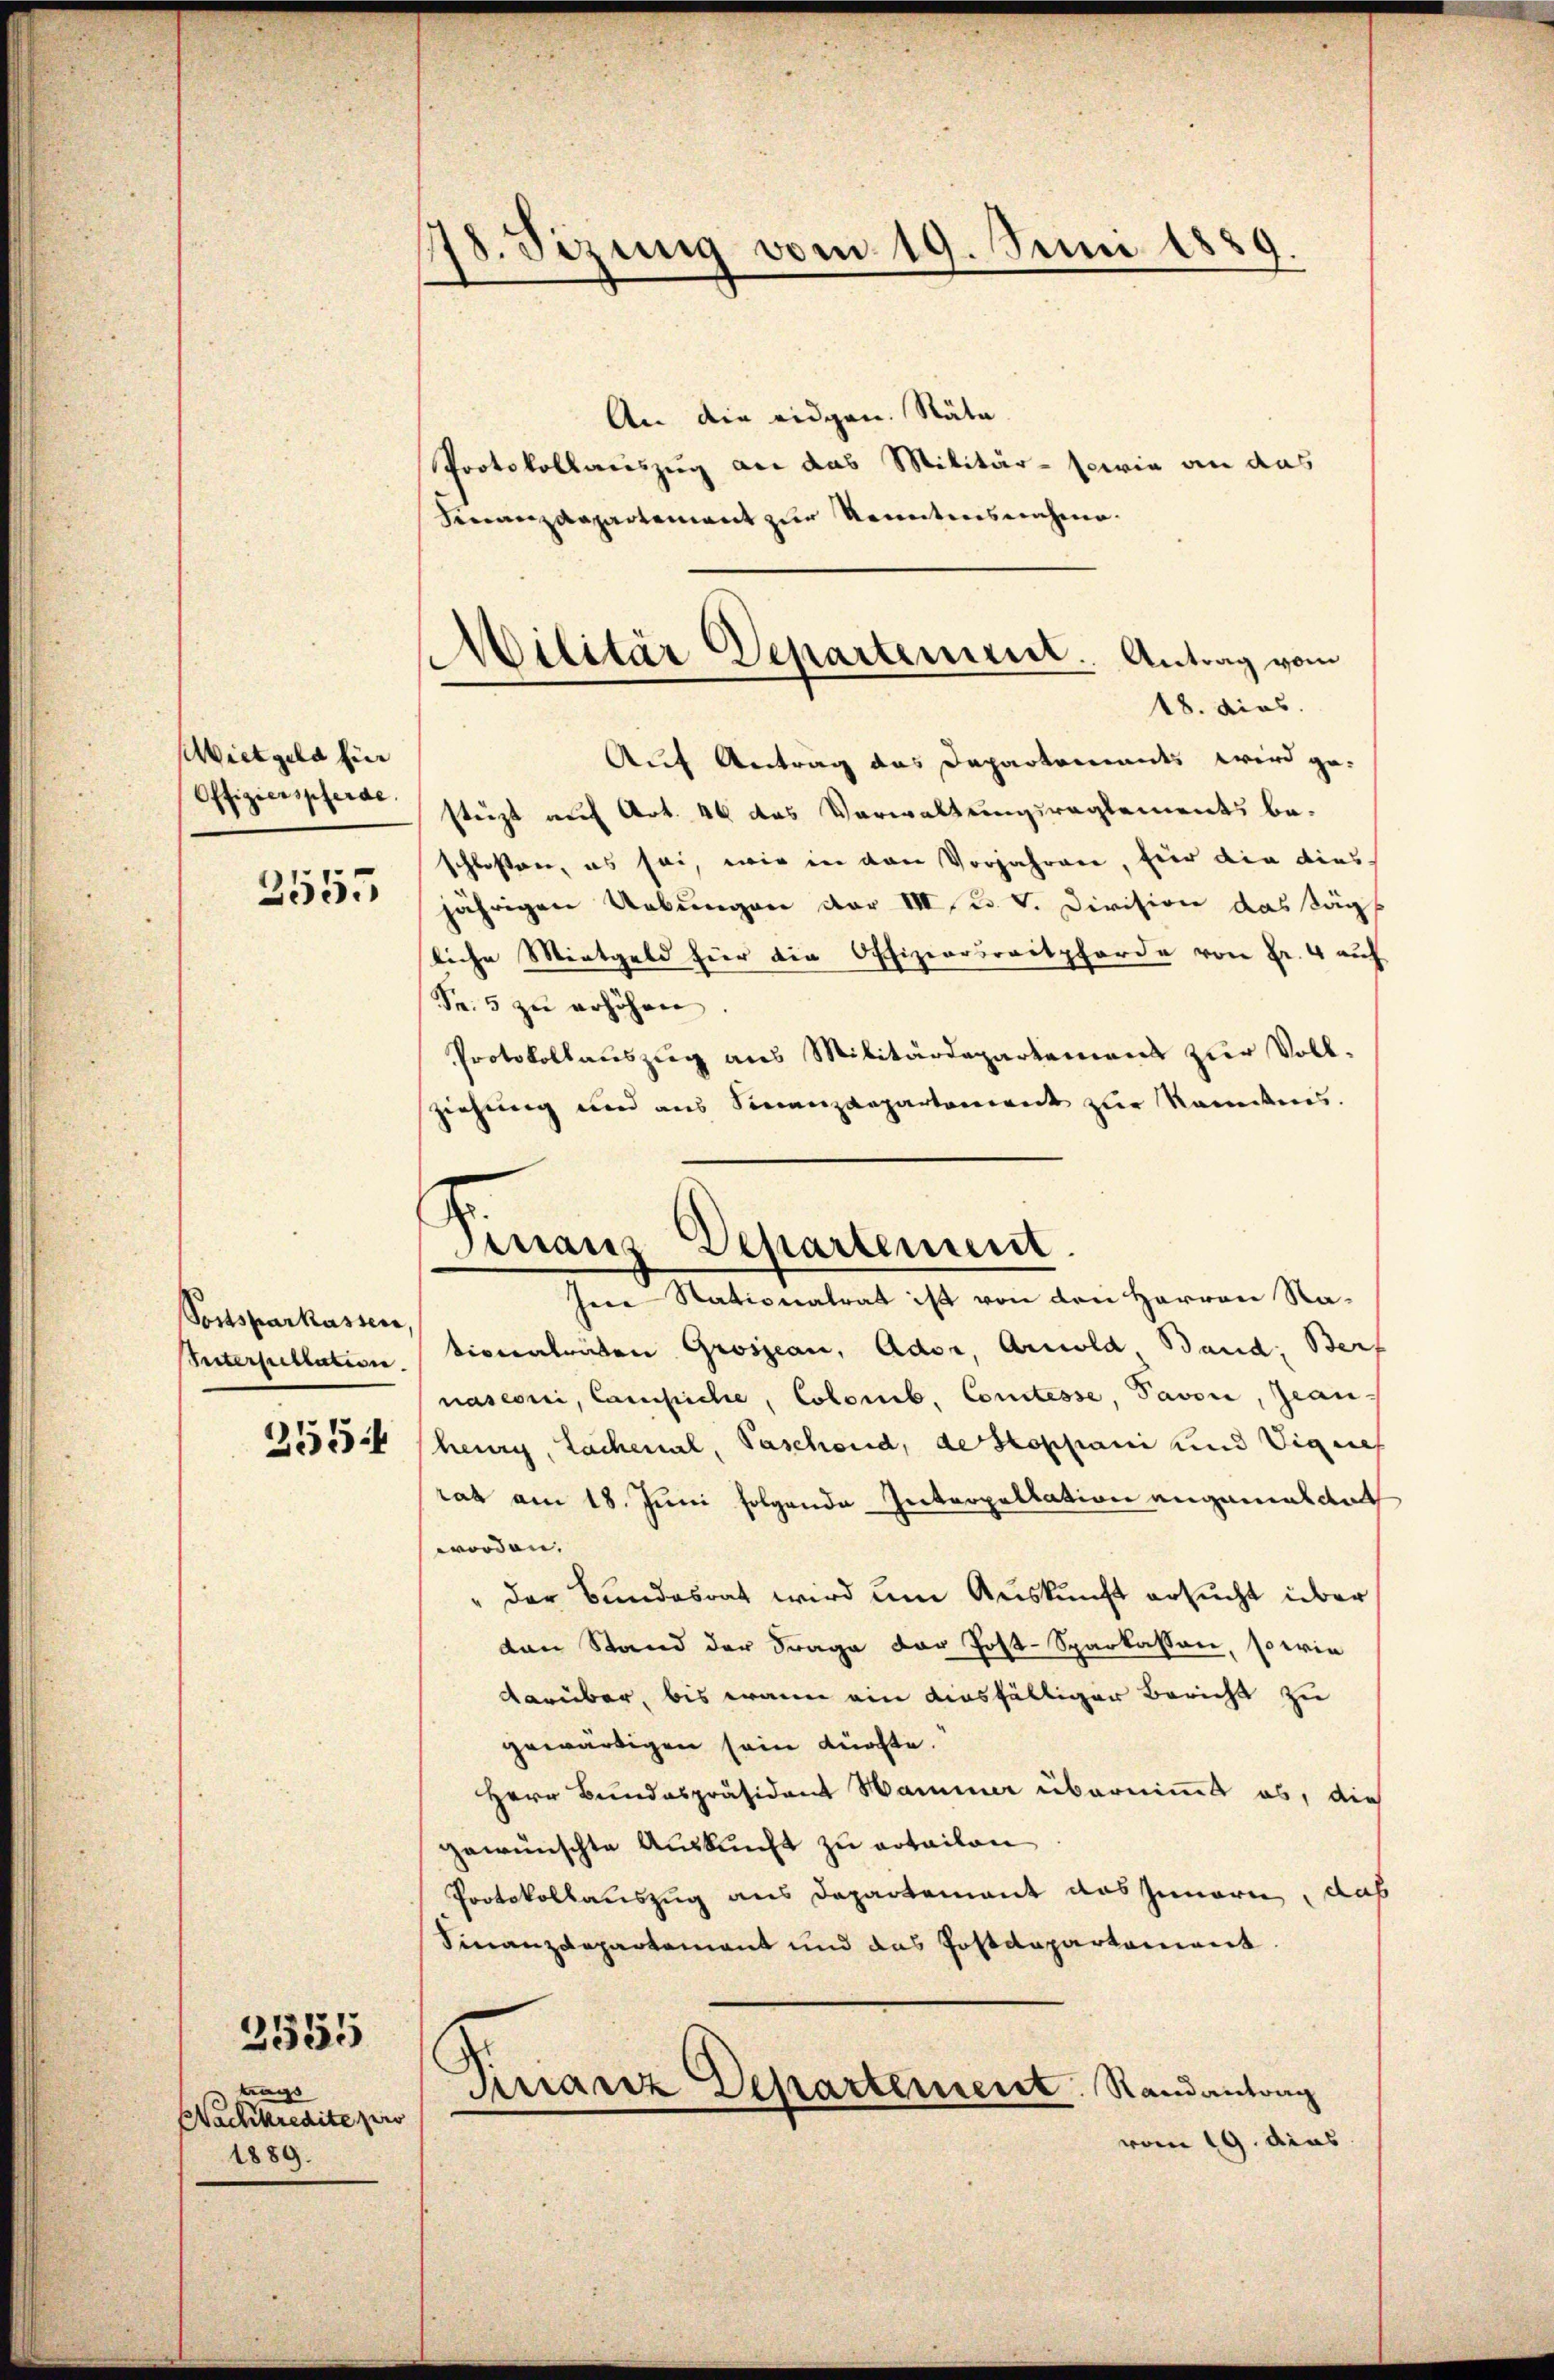
ietgela fin
Offizierspferde.

3555

Postsparkassen,
Untersuellation.
255

trags
Nachkredite pro
1889.

2355

178. Sizung vom 19. Juni 1889.

Militär Departeniret. Antrag vom
18. dies

Finanz-Departement.

An die eidgen. Räte
Protokollauszug an das Militär- sowie an das
Finanzdepartement zur Kenntnisnehme.
Auf Antrag das Departements wird ge-
stezt auf Art. 46 des Verwaltungsreglements be-
schloßen, es sei, wie in den Vorjahren, für die dies
jährigen Uebungen der III u. v. Division das Säg
liche Mietgeld für die Offiziersraitpferde von Fr. 4 auf
Sr. 5 zu erhöhen
Protokollauszug aus Militärdepartement zur Vollziehung und aus Seemezanpartenwert zur Randnis.
Jene Rationalrat ist von den Herren Rationalräten Grosseau, Ador, Arnold Band: Berf
nasconi, Campiche, Colomib. Comtesse, Pavon, Jeanheuri, Lachenal, Paschend, de stoppani und Vignes
rat am 18. Juni folgende Interpellation angemeldet
worden.
der Bundesrat wird um Auskunft ersucht über
ton Stand der Frage der Post-Sparkassen, so wie
darüber, bis wann ein diesfälliger Bericht zu
gewärtigen sein kürfte.
Herr Bundespräsident Hammer übernimmt es, die
gewünschte Auskunft zu ertailan
Protokollauszug aus Departement das Innern, das
Finanzdepartement und das Postdepartement
Pirianz Departement. Randantrag
vom 19. dies